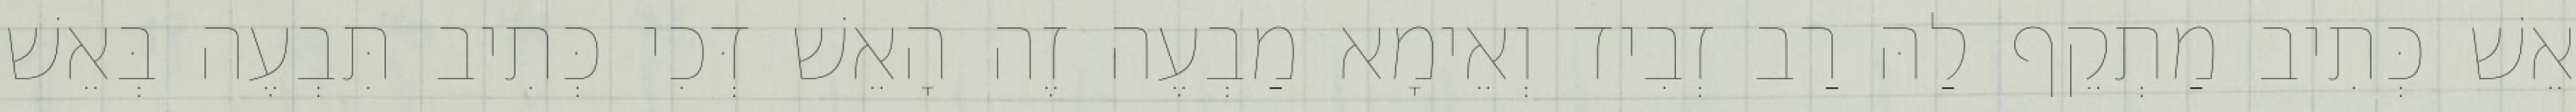
אֵשׁ כְּתִיב מַתְקֵף לַהּ רַב זְבִיד וְאֵימָא מַבְעֶה זֶה הָאֵשׁ דְּכִי כְּתִיב תִּבְעֶה בְּאֵשׁ